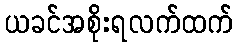
ယခင်အစိုးရလက်ထက်